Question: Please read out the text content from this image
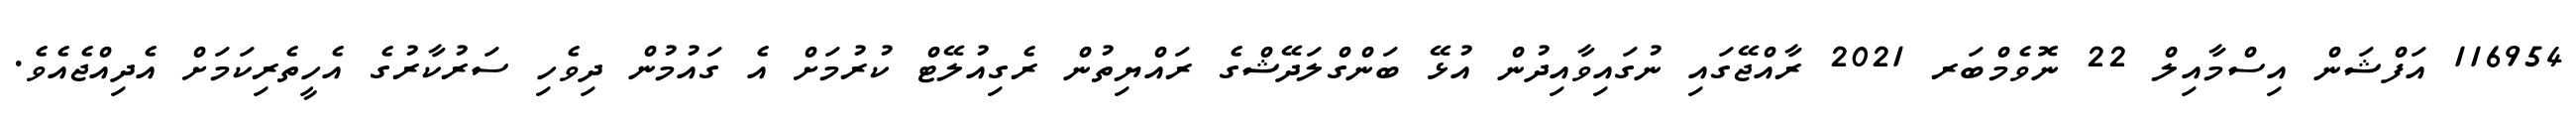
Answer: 116954 އަފްޝަން އިސްމާއިލް 22 ނޮވެމްބަރ 2021 ރާއްޖޭގައި ނުގައިވާއިދުން އުޅޭ ބަންގްލަދޭޝްގެ ރައްޔިތުން ރެގިއުލޭޓް ކުރުމަށް އެ ގައުމުން ދިވެހި ސަރުކާރުގެ އެހީތެރިކަމަށް އެދިއްޖެއެވެ.